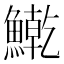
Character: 𫙱